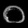
Digit: ၀